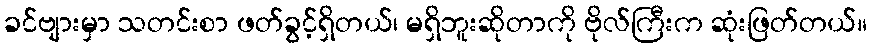
ခင်ဗျားမှာ သတင်းစာ ဖတ်ခွင့်ရှိတယ်၊ မရှိဘူးဆိုတာကို ဗိုလ်ကြီးက ဆုံးဖြတ်တယ်။